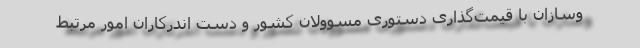
وسازان با قیمت‌گذاری دستوری مسوولان کشور و دست اندرکاران امور مرتبط